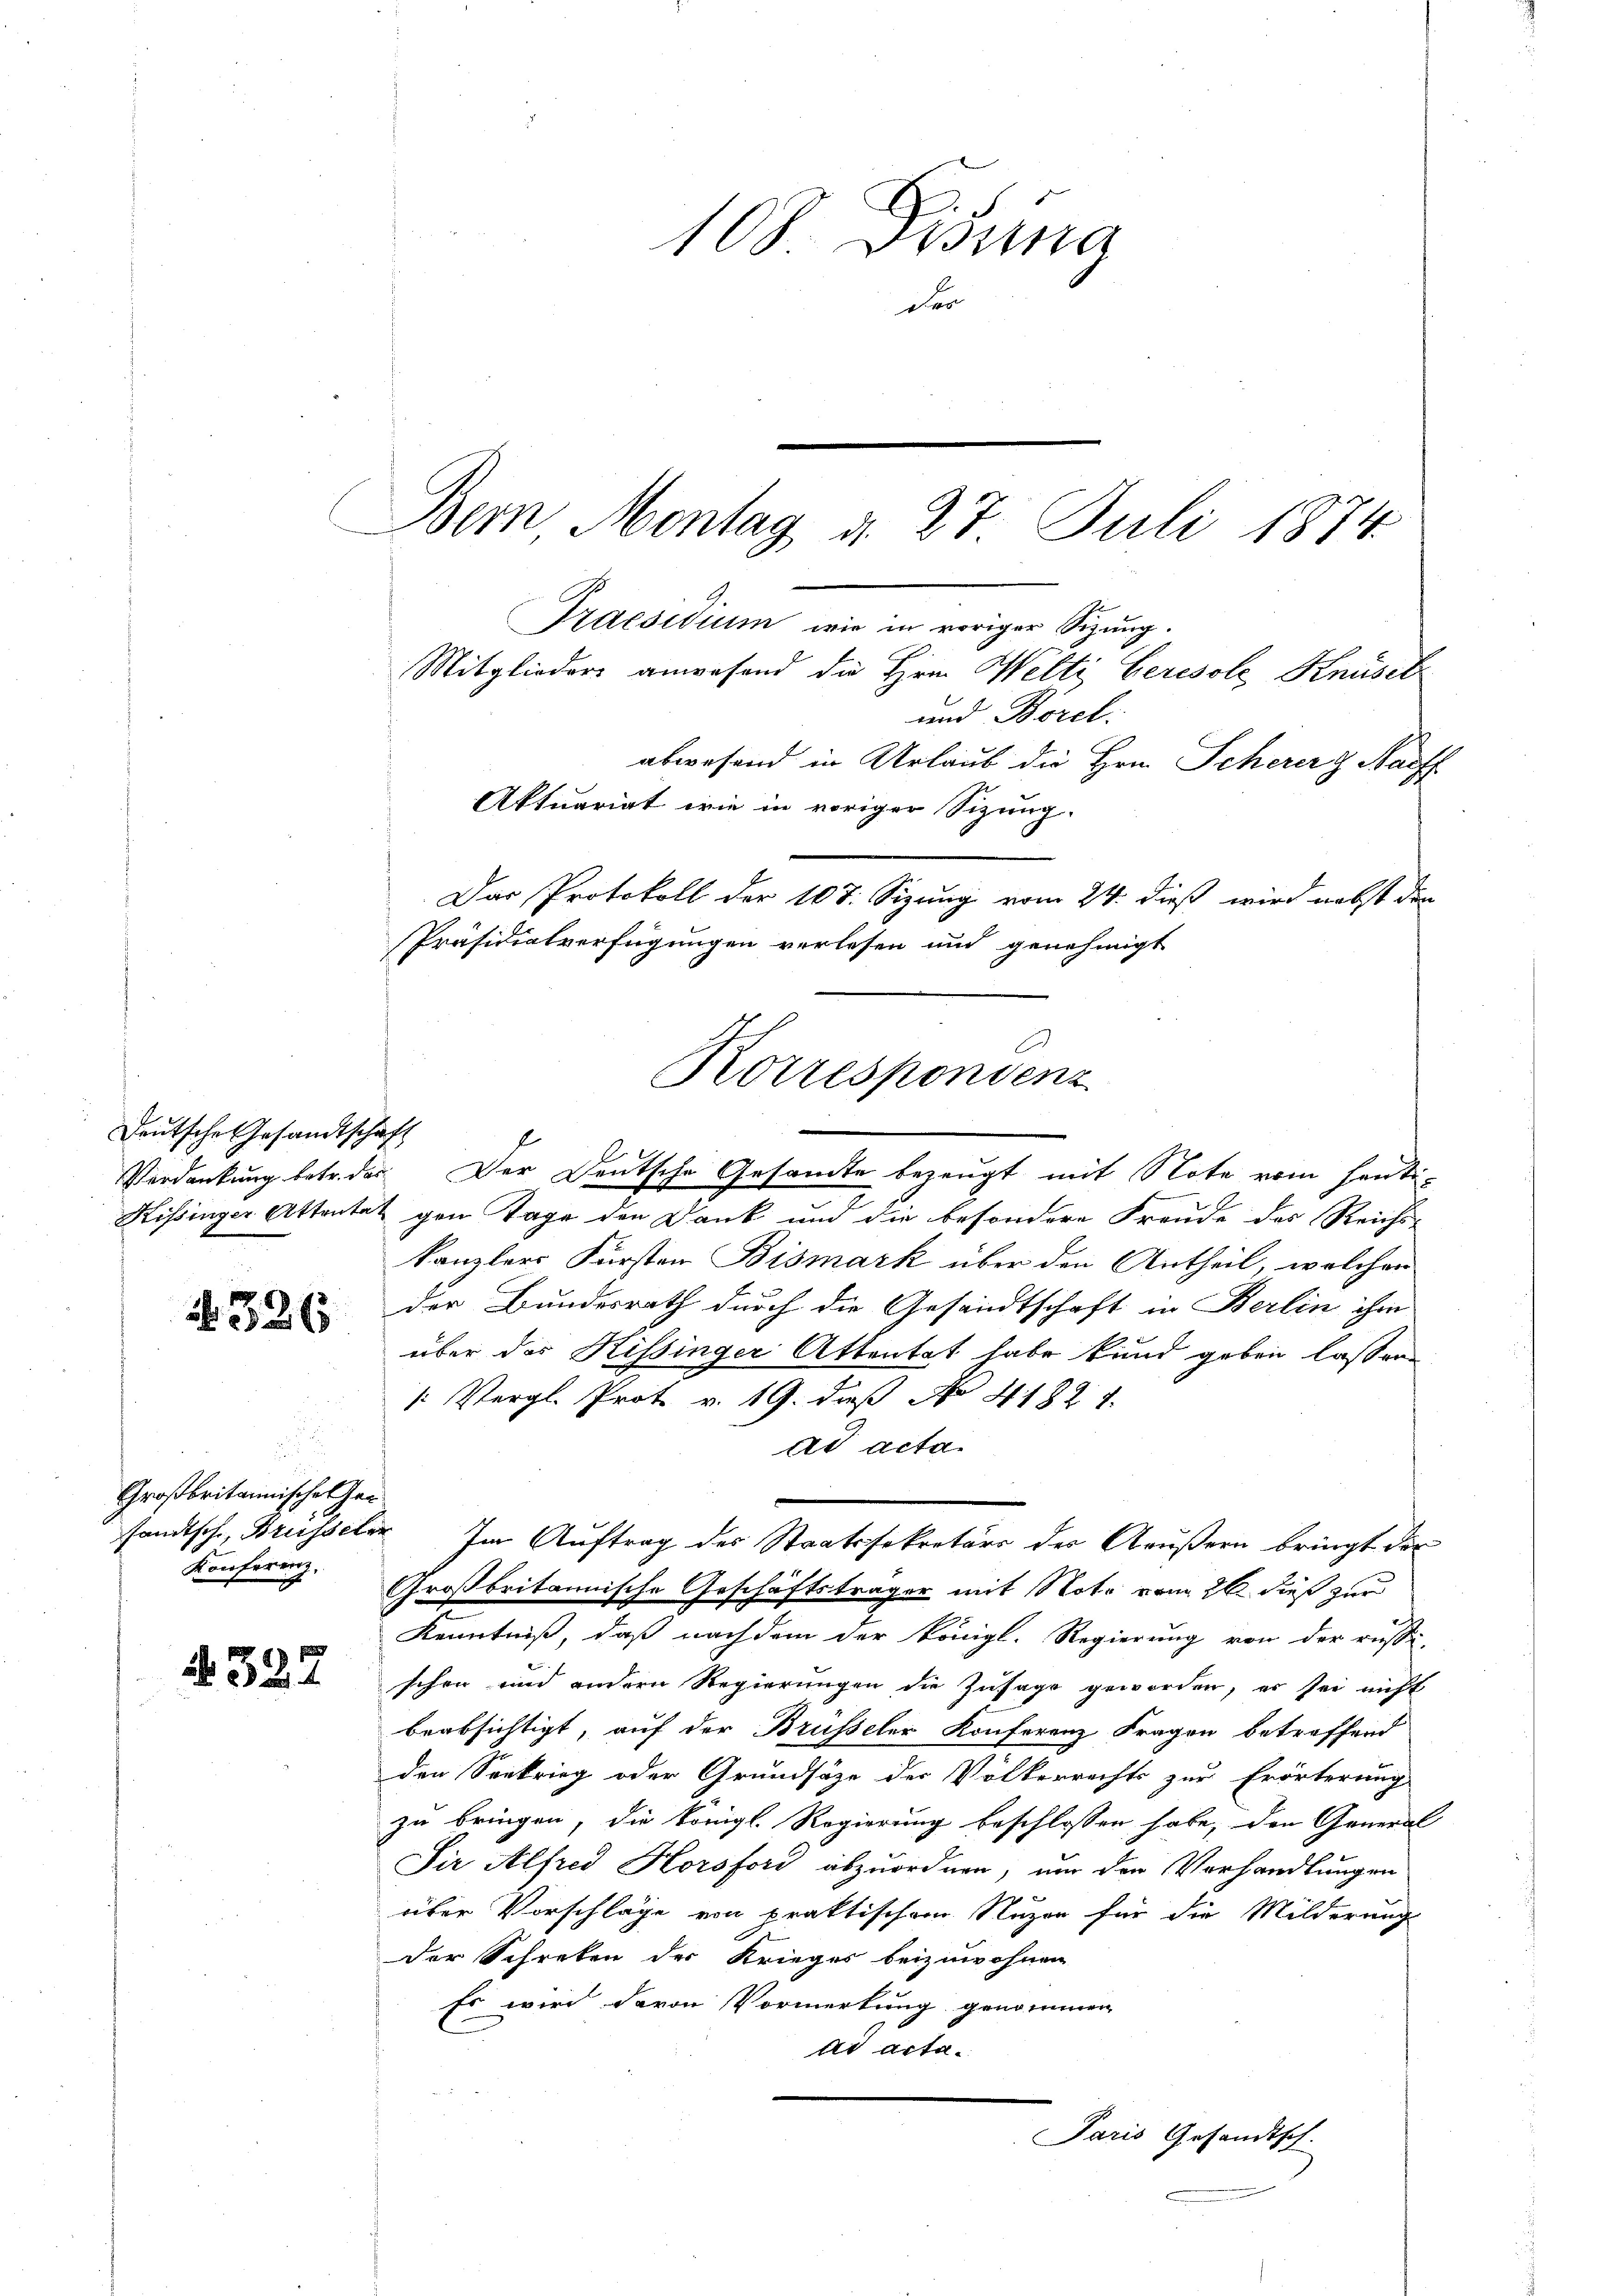
Deutsche Gesandtschaft

N. 326

Großbritannisches Gan¬
Konferenz,

327

108. Disena
.

Bern, Montag d. 27 Juli 1874.

C
Korrespondenz

Praesidium wie in voriger Sizung.
Mitglieders anwesend die Hrn. Welti Ceresole Knüsel
und Borel.
abwesend in Urlaub die Hrn. Scherer z Naoff
Aktuariat wie in voriger Sizung.
Das Protokoll der 107. Sizung vom 24. dieß wird nebst den
Präsidialverfügungen verlesen und genehmigt

Verdankung betr. dar. Der Deutsche Gesandte bezeugt, mit Note vom heuti¬
Kissinger Attentat gen Tage den Dank und die besondere Freude des Reichs-
kanzlers Fürsten Bismark über den Antheil, welcher
der Bundesrath durch die Gesandtschaft in Berlin ihm
über das Kissinger Attentat habe kund geben lassen
/: Vergl. Prot. v. 19. daß No 41827.
ad acta.
sandtsche, Brüsseler Im Auftrag des Staatssekretärs des Aeußern bringt der
Großbritannische Geschäftsträger mit Note vom 26. dieß zur
Kenntniß, daß nachdem der Königl. Regierung von der russi-
schen und andern Regierungen die Zusage geworden, es sei nicht
beabsichtigt, auf der Brüsseler Konferenz Fragen betreffend
den Seekrieg oder Grundsätze der Völkerrechts zur Erörterung
zu bringen, die königl. Regierung beschlossen habe, den General
Sir Alfred Horsford abzuordnen, um den Vorhandlungen
über Vorschläge von praktischen Nuzen für die Milderungs
der Schreben der Krieges beizuwohnen
Es wird davon Vormerkung genommen
ad acta.

Paris Gesandtsch.